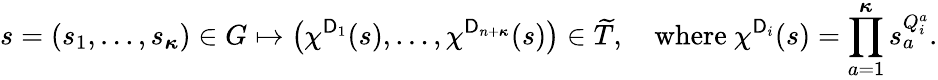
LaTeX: s=(s_{1},\ldots,s_{\boldsymbol{\kappa}})\in G\mapsto\left(\chi^{\mathsf{D}_{1}}(s),\ldots,\chi^{\mathsf{D}_{n+{\boldsymbol{\kappa}}}}(s)\right)\in\widetilde{T},\quad\mathrm{where~}\chi^{\mathsf{D}_{i}}(s)=\prod_{a=1}^{\boldsymbol{\kappa}}s_{a}^{Q_{i}^{a}}.